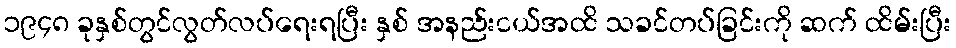
၁၉၄၈ ခုနှစ်တွင်လွတ်လပ်ရေးရပြီး နှစ် အနည်းငယ်အထိ သခင်တပ်ခြင်းကို ဆက် ထိမ်းပြီး